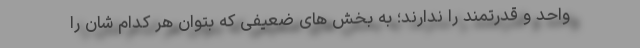
واحد و قدرتمند را ندارند؛ به بخش های ضعیفی که بتوان هر کدام شان را